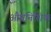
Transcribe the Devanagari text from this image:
औपनिशिक